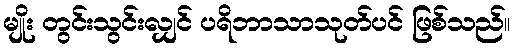
မျိုး တွင်းသွင်းလျှင် ပရိဘာသာသုတ်ပင် ဖြစ်သည်။